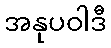
အနုပဝါဒီ